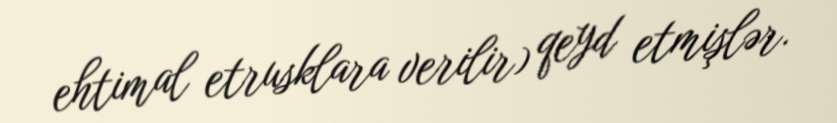
ehtimal etrusklara verilir) qeyd etmişlər.